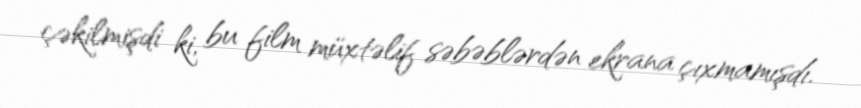
çəkilmişdi ki, bu film müxtəlif səbəblərdən ekrana çıxmamışdı.